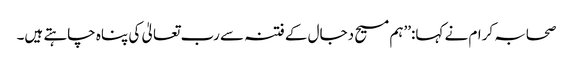
صحابہ کرام نے کہا:’’ہم مسیح دجال کے فتنہ سے رب تعالیٰ کی پناہ چاہتے ہیں۔